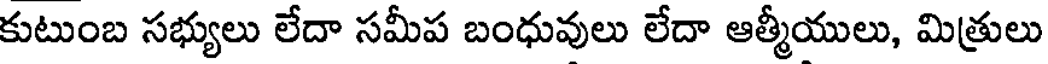
కుటుంబ సభ్యులు లేదా సమీప బంధువులు లేదా ఆత్మీయులు, మిత్రులు